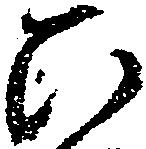
ひ